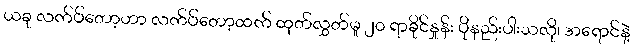
ယခု လက်ပ်တော့ဟာ လက်ပ်တော့ထက် ထုတ်လွှတ်မှု ၂၀ ရာခိုင်နှုန်း ပိုနည်းပါးသလို၊ အရောင်နဲ့